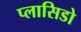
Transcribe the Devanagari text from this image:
प्लासिडो